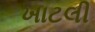
ખાટલી